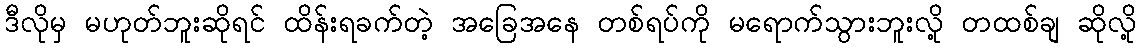
ဒီလိုမှ မဟုတ်ဘူးဆိုရင် ထိန်းရခက်တဲ့ အခြေအနေ တစ်ရပ်ကို မရောက်သွားဘူးလို့ တထစ်ချ ဆိုလို့